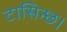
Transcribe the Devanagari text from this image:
टासिन्छ।